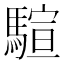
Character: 𱄨